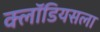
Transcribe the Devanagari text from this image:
क्लॉडियसला